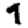
Digit: 9